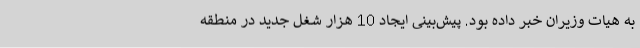
به هیات وزیران خبر داده بود. پیش‌بینی ایجاد 10 هزار شغل جدید در منطقه